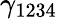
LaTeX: \gamma_{1234}